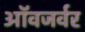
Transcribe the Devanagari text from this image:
ऑवजर्वर